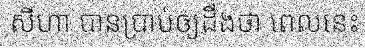
សីហា បានប្រាប់ឲ្យដឹងថា ពេលនេះ